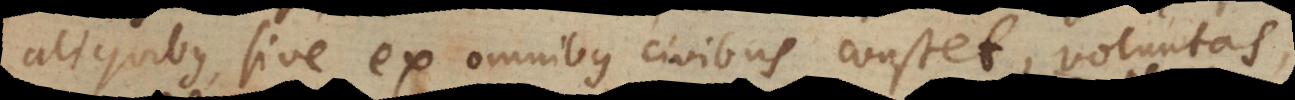
aliquibus, sive ex omnibus civibus constet, voluntas,